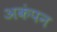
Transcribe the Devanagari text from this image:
अकंपन